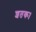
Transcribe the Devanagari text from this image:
शतक।